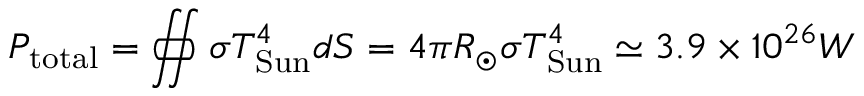
P _ { \mathrm { t o t a l } } = \oiint \sigma T _ { \mathrm { S u n } } ^ { 4 } d S = 4 \pi R _ { \odot } \sigma T _ { \mathrm { S u n } } ^ { 4 } \simeq 3 . 9 \times 1 0 ^ { 2 6 } W